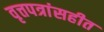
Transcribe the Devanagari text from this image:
वृत्तपत्रांसहीत